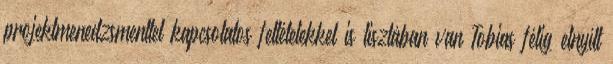
projektmenedzsmenttel kapcsolatos feltételekkel is tisztában van Tobias félig elnyílt